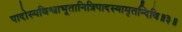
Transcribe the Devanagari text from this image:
पादोस्यविश्वाभूतानित्रिपादस्यामृतन्दिवि॥३॥